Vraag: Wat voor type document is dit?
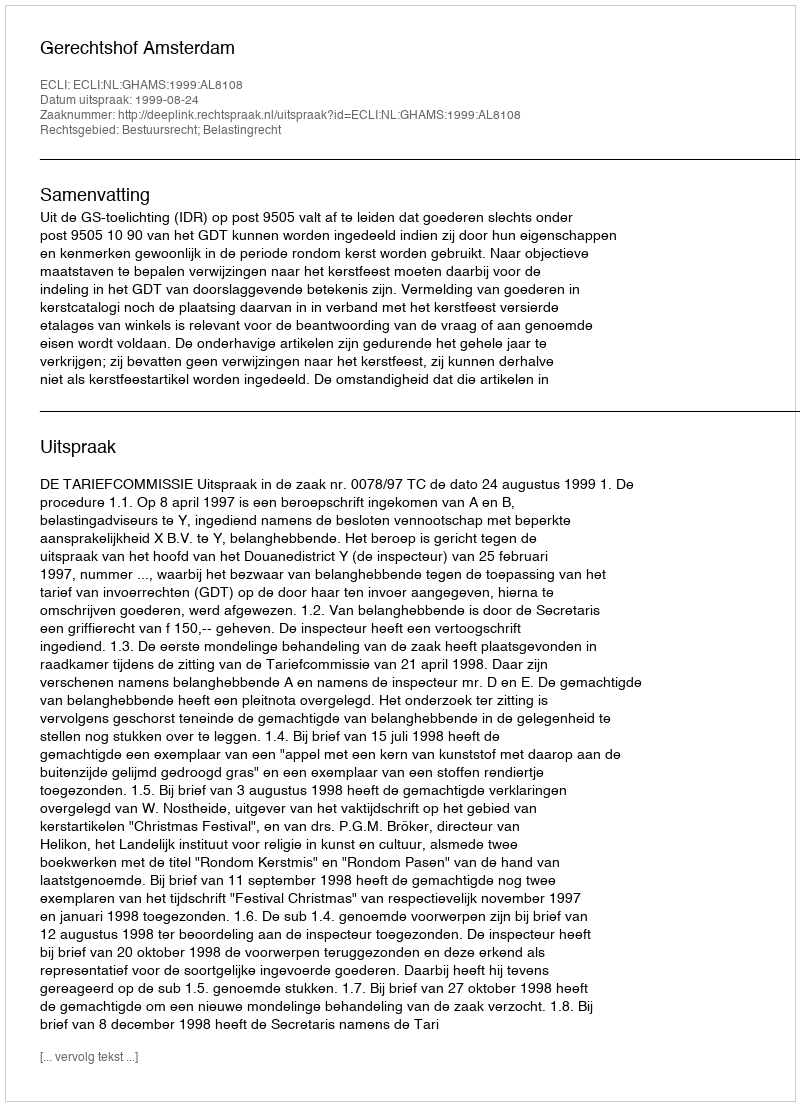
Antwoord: Uitspraak